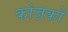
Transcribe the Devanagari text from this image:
कोज़कों